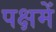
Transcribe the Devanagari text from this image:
पक्षमें